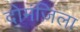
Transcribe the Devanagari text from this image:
दोमंज़िला